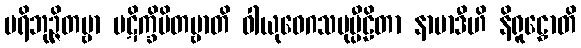
ပရိဘုဉ္ဇိတဗ္ဗာ ပဋိက္ခိပိတဗ္ဗာတိ ဝါယုဝေဂသမုပ္ပီဠိတာ နာမာဒီဟိ နိရူဠှောတိ